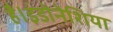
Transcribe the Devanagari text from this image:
है।इंडोनेशिया